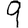
Digit: 9